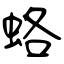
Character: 蛒